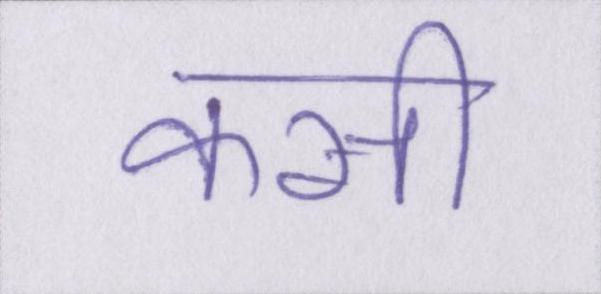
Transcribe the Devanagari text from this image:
कसी